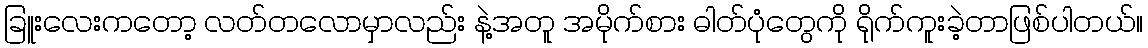
ခြူးလေးကတော့ လတ်တလောမှာလည်း နဲ့အတူ အမိုက်စား ဓါတ်ပုံတွေကို ရိုက်ကူးခဲ့တာဖြစ်ပါတယ်။